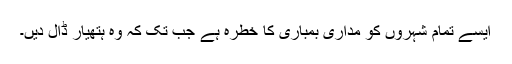
ایسے تمام شہروں کو مداری بمباری کا خطرہ ہے جب تک کہ وہ ہتھیار ڈال دیں۔